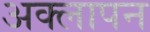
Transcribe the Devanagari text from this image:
अक्लापन